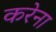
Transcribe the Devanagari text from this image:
करेना